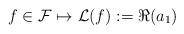
LaTeX: \begin{align*} f\in \mathcal{F}\mapsto \mathcal{L}(f):= \Re(a_1) \end{align*}